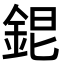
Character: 𨦆